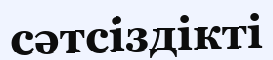
сәтсіздікті